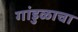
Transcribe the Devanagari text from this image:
गांडुळाचा